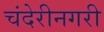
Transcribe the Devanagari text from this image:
चंदेरीनगरी